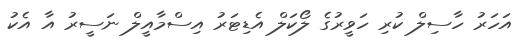
އަހަރު ހާސިލް ކުރި ހަވީރުގެ ލޯކަލް އެޑިޓަރު އިސްމާއީލް ނަސީރު އާ އެކު